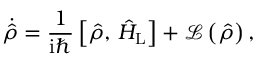
\dot { \hat { \rho } } = \frac { 1 } { \mathrm { i } \hbar } \left[ \hat { \rho } , \, \hat { H } _ { \mathrm { L } } \right] + \mathcal { L } \left( \hat { \rho } \right) ,